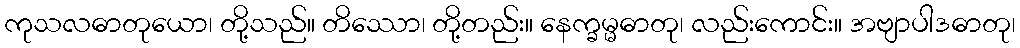
ကုသလဓာတုယော၊ တို့သည်။ တိဿော၊ တို့တည်း။ နေက္ခမ္မဓာတု၊ လည်းကောင်း။ အဗျာပါဒဓာတု၊